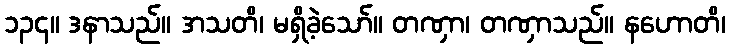
၁၃၄။ ဒနာသည်။ အသတိ၊ မရှိခဲ့သော်။ တဏှာ၊ တဏှာသည်။ နဟောတိ၊